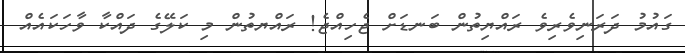
ގައުމު ދަރަނިވެރިވެ ރައްޔިތުން ބަނޑަށް ޖެހިއްޖެ! ރައްޔތުން މި ކަލޭގެ ދައްކާ ވާހަކައެއް